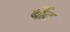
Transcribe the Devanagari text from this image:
बींट